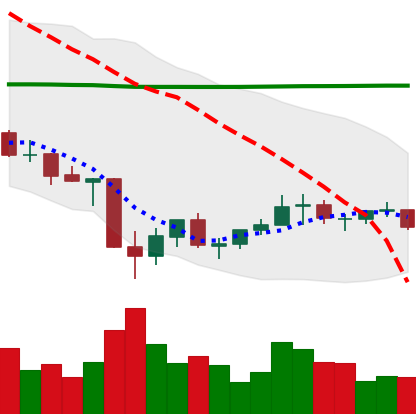
Ticker: EOS-USD
Chart end date: 2021-07-05
Forward return: 4.001%
Label: up_3_5